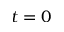
t = 0